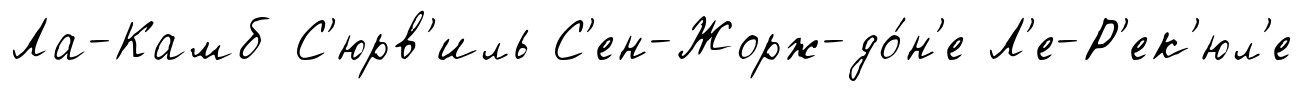
Ла-Камб С'юрв'иль С'ен-Жорж-до́н'е Л'е-Р'ек'юл'е